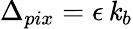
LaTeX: \Delta_{pix}=\epsilon\, \mathit{k}_{b}